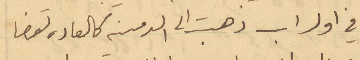
في اول اب ذهبت الى الدمينه كالعاده لقضا